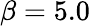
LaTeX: \beta=5.0